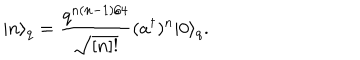
| n \rangle _ { q } = \frac { q ^ { n ( n - 1 ) / 4 } } { \sqrt { [ n ] ! } } ( a ^ { \dagger } ) ^ { n } | 0 \rangle _ { q } .